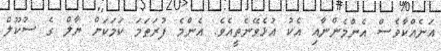
އަނެއްކާވެސް އެންމެންނާއި އެކު އުޅެވޭނެތީއެވެ. އެންމެ ފުރަތަމަ ކަމަކަށް ޔާލް ގެ ސުކޫލް